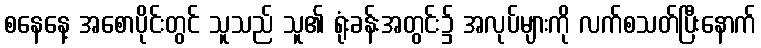
စနေနေ့ အစောပိုင်းတွင် သူသည် သူ၏ ရုံးခန်းအတွင်း၌ အလုပ်များကို လက်စသတ်ပြီးနောက်